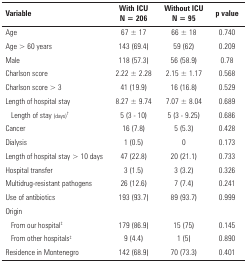
<table><thead><tr><td><b>Variable</b></td><td><b>With ICU N = 206</b></td><td><b>Without ICU N = 95</b></td><td><b>p value</b></td></tr></thead><tbody><tr><td>Age</td><td>67 ± 17</td><td>66 ± 18</td><td>0.740</td></tr><tr><td>Age &gt; 60 years</td><td>143 (69.4)</td><td>59 (62)</td><td>0.209</td></tr><tr><td>Male</td><td>118 (57.3)</td><td>56 (58.9)</td><td>0.78</td></tr><tr><td>Charlson score</td><td>2.22 ± 2.28</td><td>2.15 ± 1.17</td><td>0.568</td></tr><tr><td>Charlson score &gt; 3</td><td>41 (19.9)</td><td>16 (16.8)</td><td>0.529</td></tr><tr><td>Length of hospital stay</td><td>8.27 ± 9.74</td><td>7.07 ± 8.04</td><td>0.689</td></tr><tr><td>Length of stay (days)†</td><td>5 (3 - 10)</td><td>5 (3 - 9.25)</td><td>0.686</td></tr><tr><td>Cancer</td><td>16 (7.8)</td><td>5 (5.3)</td><td>0.428</td></tr><tr><td>Dialysis</td><td>1 (0.5)</td><td>0</td><td>0.173</td></tr><tr><td>Length of hospital stay &gt; 10 days</td><td>47 (22.8)</td><td>20 (21.1)</td><td>0.733</td></tr><tr><td>Hospital transfer</td><td>3 (1.5)</td><td>3 (3.2)</td><td>0.326</td></tr><tr><td>Multidrug-resistant pathogens</td><td>26 (12.6)</td><td>7 (7.4)</td><td>0.241</td></tr><tr><td>Use of antibiotics</td><td>193 (93.7)</td><td>89 (93.7)</td><td>0.999</td></tr><tr><td>Origin</td><td> </td><td> </td><td> </td></tr><tr><td>From our hospital‡</td><td>179 (86.9)</td><td>15 (75)</td><td>0.145</td></tr><tr><td>From other hospitals‡</td><td>9 (4.4)</td><td>1 (5)</td><td>0.890</td></tr><tr><td>Residence in Montenegro</td><td>142 (68.9)</td><td>70 (73.3)</td><td>0.401</td></tr></tbody></table>